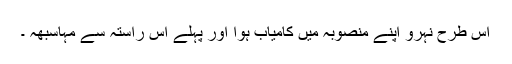
اس طرح نہرو اپنے منصوبہ ميں کامياب ہوا اور پہلے اس راستہ سے مہاسبھہ ۔